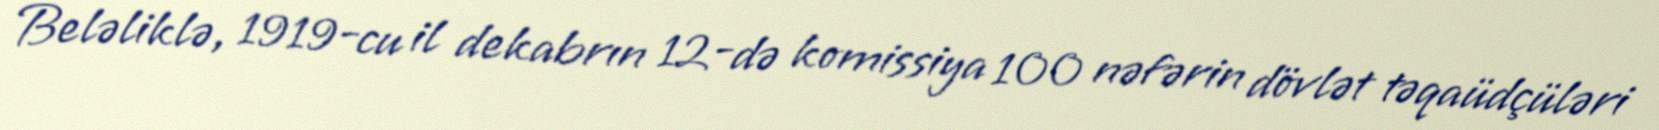
Beləliklə, 1919-cu il dekabrın 12-də komissiya 100 nəfərin dövlət təqaüdçüləri